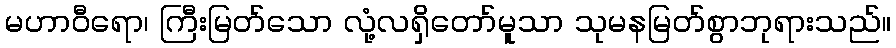
မဟာဝီရော၊ ကြီးမြတ်သော လုံ့လရှိတော်မူသာ သုမနမြတ်စွာဘုရားသည်။